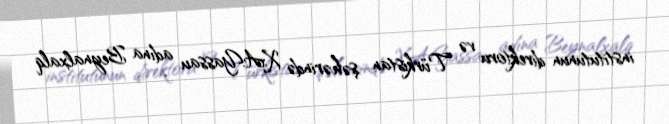
institutunun direktoru və Türkistan şəhərində X.A.Yassau adına Beynalxalq